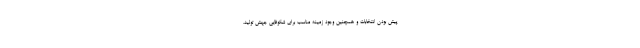
پیش بودن انتخابات و همچنین وجود زمینه مناسب برای شکوفایی جهش تولید،